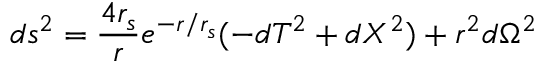
d s ^ { 2 } = \frac { 4 r _ { s } } { r } e ^ { - r / r _ { s } } ( - d T ^ { 2 } + d X ^ { 2 } ) + r ^ { 2 } d \Omega ^ { 2 }